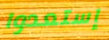
إستعدوا